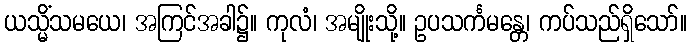
ယသ္မိံသမယေ၊ အကြင်အခါ၌။ ကုလံ၊ အမျိုးသို့။ ဥပသင်္ကမန္တေ၊ ကပ်သည်ရှိသော်။